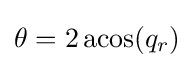
\theta =2\operatorname {acos} (q_{r})